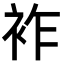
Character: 𧙓